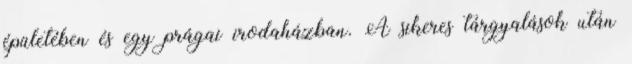
épületében és egy prágai irodaházban. A sikeres tárgyalások után